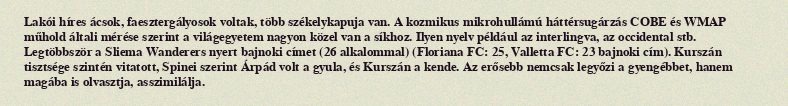
Lakói híres ácsok, faesztergályosok voltak, több székelykapuja van. A kozmikus mikrohullámú háttérsugárzás COBE és WMAP műhold általi mérése szerint a világegyetem nagyon közel van a síkhoz. Ilyen nyelv például az interlingva, az occidental stb. Legtöbbször a Sliema Wanderers nyert bajnoki címet (26 alkalommal) (Floriana FC: 25, Valletta FC: 23 bajnoki cím). Kurszán tisztsége szintén vitatott, Spinei szerint Árpád volt a gyula, és Kurszán a kende. Az erősebb nemcsak legyőzi a gyengébbet, hanem magába is olvasztja, asszimilálja.